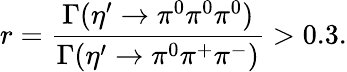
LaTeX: r=\frac{\Gamma(\eta^{\prime}\rightarrow\pi^{0}\pi^{0}\pi^{0})}{\Gamma(\eta^{\prime}\rightarrow\pi^{0}\pi^{+}\pi^{-})}>0.3.